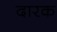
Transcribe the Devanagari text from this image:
दारक